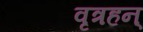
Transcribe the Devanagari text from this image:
वृत्रहन्